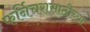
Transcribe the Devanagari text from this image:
फर्निचरासाठीच्या